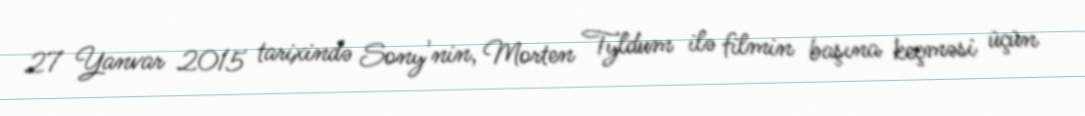
27 Yanvar 2015 tarixində Sony'nin, Morten Tyldum ilə filmin başına keçməsi üçün